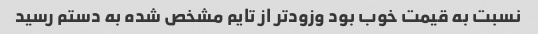
نسبت به قیمت خوب بود وزودتر از تایم مشخص شده به دستم رسید